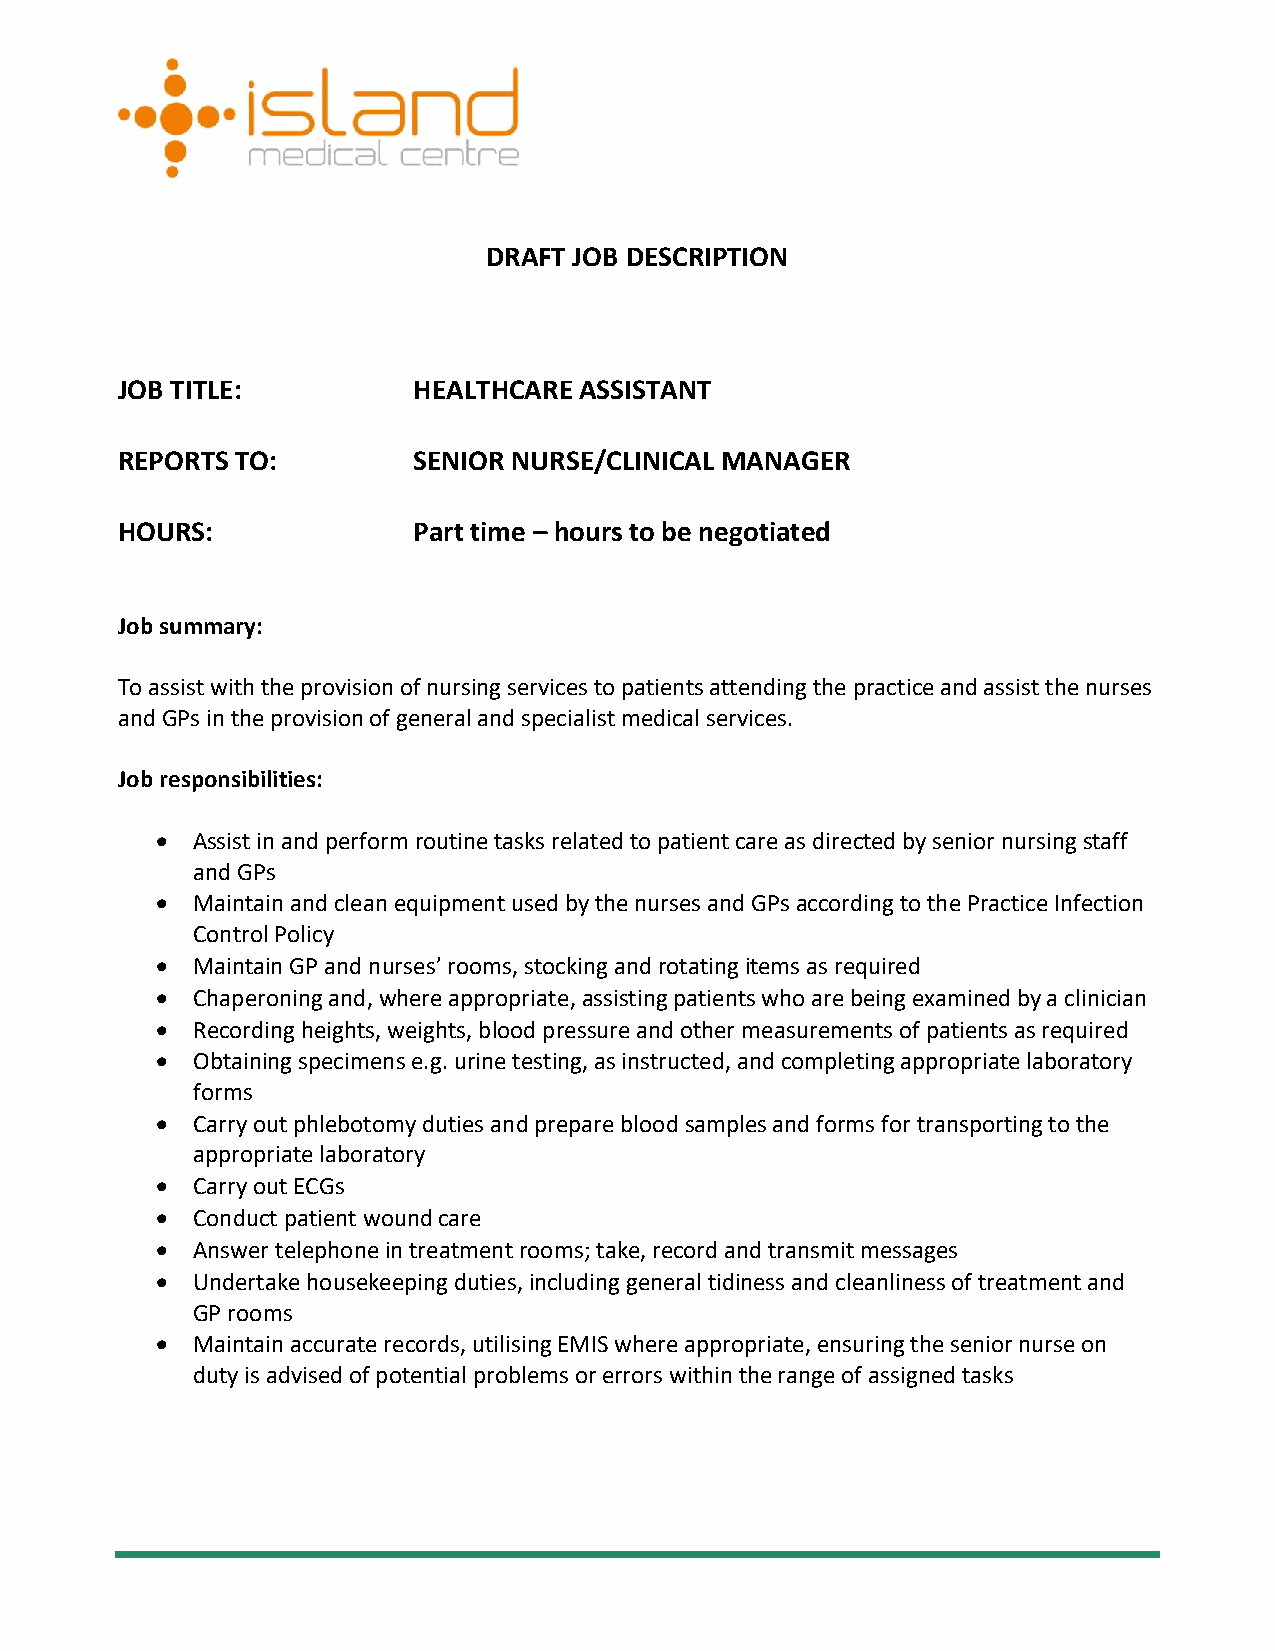
DRAFT JOB DESCRIPTION
 JOB TITLE:         HEALTHCARE ASSISTANT
 REPORTS TO:        SENIOR NURSE/CLINICAL MANAGER
 HOURS:             Part time – hours to be negotiated
 Job summary:
 To assist with the provision of nursing services to patients attending the practice and assist the nurses
 and GPs in the provision of general and specialist medical services.
 Job responsibilities:
 •  Assist in and perform routine tasks related to patient care as directed by senior nursing staff
 and GPs
 •  Maintain and clean equipment used by the nurses and GPs according to the Practice Infection
 Control Policy
 •  Maintain GP and nurses’ rooms, stocking and rotating items as required
 •  Chaperoning and, where appropriate, assisting patients who are being examined by a clinician
 •  Recording heights, weights, blood pressure and other measurements of patients as required
 •  Obtaining specimens e.g. urine testing, as instructed, and completing appropriate laboratory
 forms
 •  Carry out phlebotomy duties and prepare blood samples and forms for transporting to the
 appropriate laboratory
 •  Carry out ECGs
 •  Conduct patient wound care
 •  Answer telephone in treatment rooms; take, record and transmit messages
 •  Undertake housekeeping duties, including general tidiness and cleanliness of treatment and
 GP rooms
 •  Maintain accurate records, utilising EMIS where appropriate, ensuring the senior nurse on
 duty is advised of potential problems or errors within the range of assigned tasks